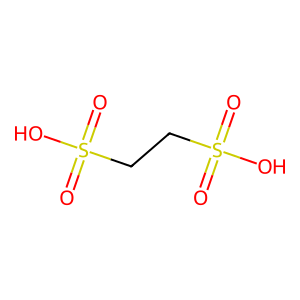
SMILES: O=S(=O)(O)CCS(=O)(=O)O
Inhibits HIV replication: No